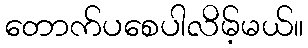
တောက်ပစေပါလိမ့်မယ်။